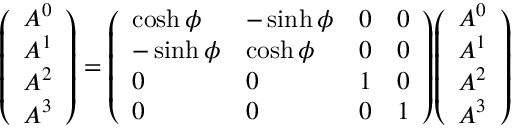
{ \left( \begin{array} { l } { A ^ { 0 } } \\ { A ^ { 1 } } \\ { A ^ { 2 } } \\ { A ^ { 3 } } \end{array} \right) } = { \left( \begin{array} { l l l l } { \cosh \phi } & { - \sinh \phi } & { 0 } & { 0 } \\ { - \sinh \phi } & { \cosh \phi } & { 0 } & { 0 } \\ { 0 } & { 0 } & { 1 } & { 0 } \\ { 0 } & { 0 } & { 0 } & { 1 } \end{array} \right) } { \left( \begin{array} { l } { A ^ { 0 } } \\ { A ^ { 1 } } \\ { A ^ { 2 } } \\ { A ^ { 3 } } \end{array} \right) }